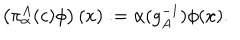
\left( \pi _ { \alpha } ^ { A } ( c ) \phi \right) ( x ) : = \alpha ( g _ { A } ^ { - 1 } ) \phi ( x ) .